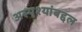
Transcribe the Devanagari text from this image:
अस्पृश्यांबद्दल